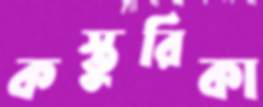
কস্তুরিকা